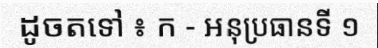
ដូចតទៅ ៖ ក - អនុប្រធានទី ១